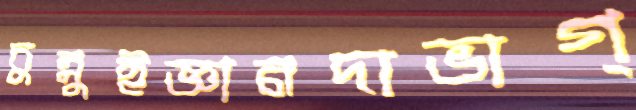
চুন্নুইজ্ঞানদাভাগ্